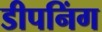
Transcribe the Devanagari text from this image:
डीपनिंग